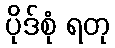
ပိုဒ်စုံ ရတု